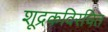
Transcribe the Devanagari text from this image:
शूद्रकविरचित